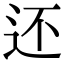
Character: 还